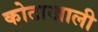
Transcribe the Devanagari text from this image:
कोटाखाली